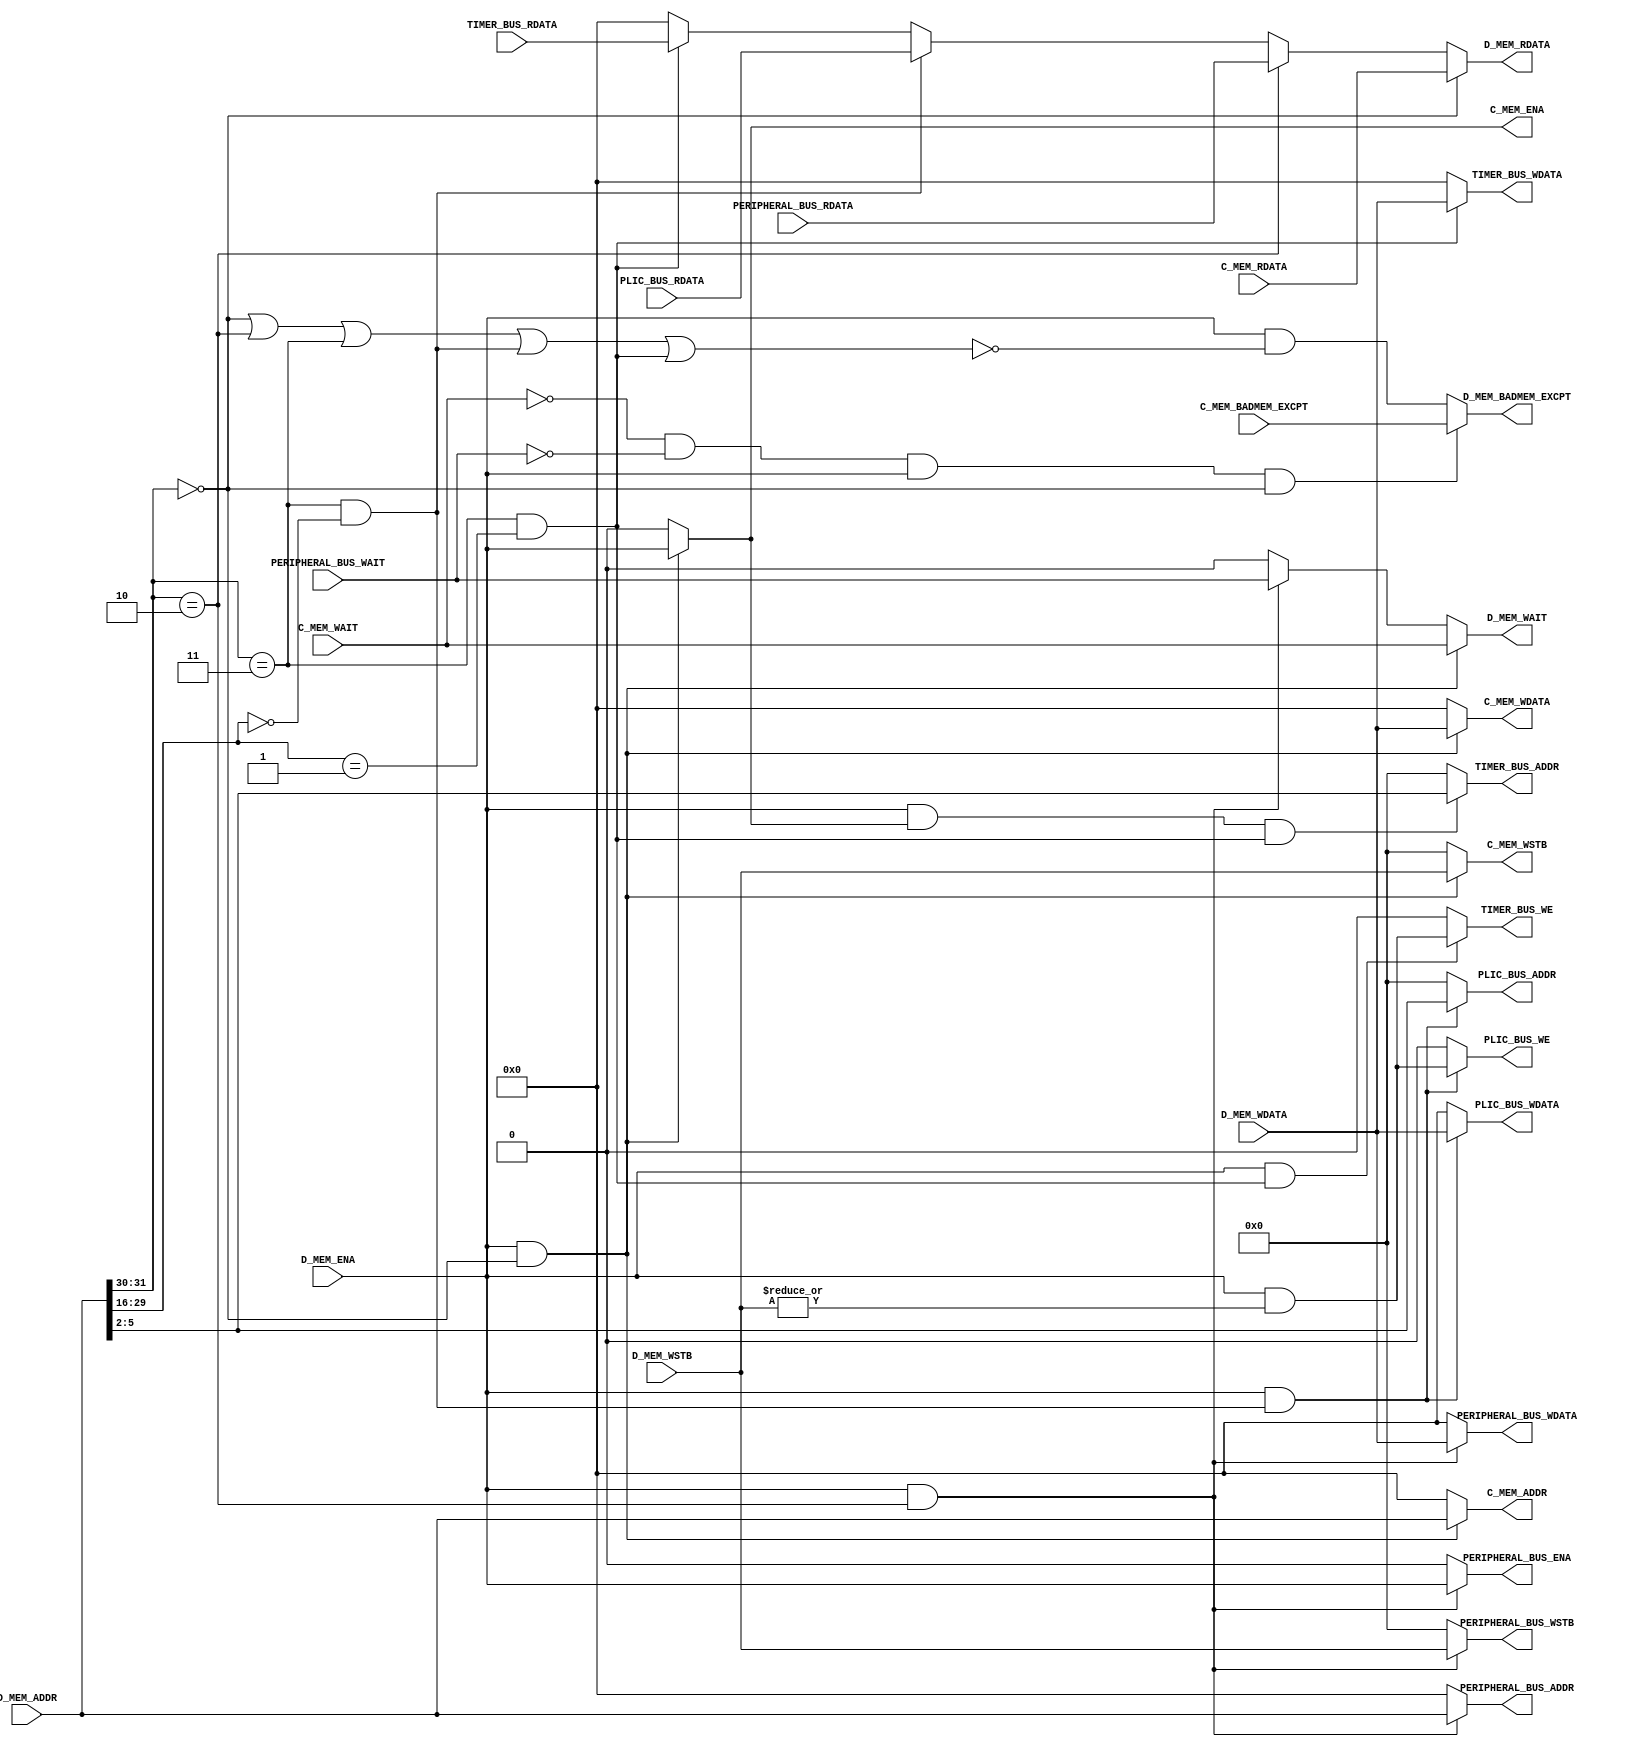
module fmrv32im_BADMEM_sel
  (
   // Data Memory Bus
   output        D_MEM_WAIT,
   input         D_MEM_ENA,
   input [3:0]   D_MEM_WSTB,
   input [31:0]  D_MEM_ADDR,
   input [31:0]  D_MEM_WDATA,
   output [31:0] D_MEM_RDATA,
   output        D_MEM_BADMEM_EXCPT,

   // DMEM
   input         C_MEM_WAIT,
   output        C_MEM_ENA,
   output [3:0]  C_MEM_WSTB,
   output [31:0] C_MEM_ADDR,
   output [31:0] C_MEM_WDATA,
   input [31:0]  C_MEM_RDATA,
   input         C_MEM_BADMEM_EXCPT,

   // Local Inerface
   input         PERIPHERAL_BUS_WAIT,
   output        PERIPHERAL_BUS_ENA,
   output [3:0]  PERIPHERAL_BUS_WSTB,
   output [31:0] PERIPHERAL_BUS_ADDR,
   output [31:0] PERIPHERAL_BUS_WDATA,
   input [31:0]  PERIPHERAL_BUS_RDATA,

   // PLIC
   output        PLIC_BUS_WE,
   output [3:0]  PLIC_BUS_ADDR,
   output [31:0] PLIC_BUS_WDATA,
   input [31:0]  PLIC_BUS_RDATA,

   // TIMER
   output        TIMER_BUS_WE,
   output [3:0]  TIMER_BUS_ADDR,
   output [31:0] TIMER_BUS_WDATA,
   input [31:0]  TIMER_BUS_RDATA

   );

   // 
   wire              dsel_ram, dsel_io, dsel_sys;
   wire              dsel_sys_plic, dsel_sys_timer;
   wire              dsel_illegal;
   assign dsel_ram       = (D_MEM_ADDR[31:30] == 2'b00);
   assign dsel_io        = (D_MEM_ADDR[31:30] == 2'b10);
   assign dsel_sys       = (D_MEM_ADDR[31:30] == 2'b11);
   assign dsel_sys_plic  = (dsel_sys & (D_MEM_ADDR[29:16] == 14'h0000));
   assign dsel_sys_timer = (dsel_sys & (D_MEM_ADDR[29:16] == 14'h0001));
   assign dsel_illegal   = D_MEM_ENA & ~(dsel_ram | dsel_io | dsel_sys |
                                        dsel_sys_plic | dsel_sys_timer);

   // DMEM
   assign C_MEM_ENA   = (D_MEM_ENA & dsel_ram)?D_MEM_ENA:1'b0;
   assign C_MEM_WSTB  = (D_MEM_ENA & dsel_ram)?D_MEM_WSTB:4'd0;
   assign C_MEM_ADDR  = (D_MEM_ENA & dsel_ram)?D_MEM_ADDR:32'd0;
   assign C_MEM_WDATA = (D_MEM_ENA & dsel_ram)?D_MEM_WDATA:32'd0;

   // LOCAL
   assign PERIPHERAL_BUS_ENA   = (D_MEM_ENA & dsel_io)?D_MEM_ENA:1'b0;
   assign PERIPHERAL_BUS_ADDR  = (D_MEM_ENA & dsel_io)?D_MEM_ADDR:32'd0;
   assign PERIPHERAL_BUS_WSTB  = (D_MEM_ENA & dsel_io)?D_MEM_WSTB:4'd0;
   assign PERIPHERAL_BUS_WDATA = (D_MEM_ENA & dsel_io)?D_MEM_WDATA:32'd0;

   // PLIC
   assign PLIC_BUS_WE    = (D_MEM_ENA & dsel_sys_plic)?D_MEM_ENA & |D_MEM_WSTB:1'b0;
   assign PLIC_BUS_ADDR  = (D_MEM_ENA & dsel_sys_plic)?D_MEM_ADDR[5:2]:4'd0;
   assign PLIC_BUS_WDATA = (D_MEM_ENA & dsel_sys_plic)?D_MEM_WDATA:32'd0;

   // TIMER
   assign TIMER_BUS_WE    = (D_MEM_ENA & dsel_sys_timer)?D_MEM_ENA & |D_MEM_WSTB:1'b0;
   assign TIMER_BUS_ADDR  = (D_MEM_ENA & C_MEM_ENA & dsel_sys_timer)?D_MEM_ADDR[5:2]:4'd0;
   assign TIMER_BUS_WDATA = (dsel_sys_timer)?D_MEM_WDATA:32'd0;

   //
   assign D_MEM_WAIT = (D_MEM_ENA & dsel_ram)?C_MEM_WAIT:
                      (D_MEM_ENA & dsel_io)?PERIPHERAL_BUS_WAIT:
                      1'b0;
   assign D_MEM_RDATA = (dsel_ram)?C_MEM_RDATA:
                       (dsel_io)?PERIPHERAL_BUS_RDATA:
                       (dsel_sys_plic)?PLIC_BUS_RDATA:
                       (dsel_sys_timer)?TIMER_BUS_RDATA:
                       32'd0;
   assign D_MEM_BADMEM_EXCPT = ((~C_MEM_WAIT & ~PERIPHERAL_BUS_WAIT) & D_MEM_ENA & dsel_ram)?C_MEM_BADMEM_EXCPT:
                              dsel_illegal;

endmodule